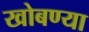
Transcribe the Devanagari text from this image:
खोबण्या